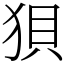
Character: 狽